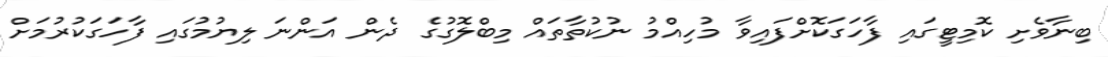
ބިނާވެށި ކޮމިޓީގައި ފާހަގަކޮށްފައިވާ މުހިއްމު ނުކުތާތައް މިބްލޮގުގެ ދެން އަންނަ ލިޔުމުގައި ފާހަގަކުރުމަށް